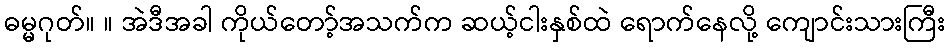
ဓမ္မဂုတ်။ ။ အဲဒီအခါ ကိုယ်တော့်အသက်က ဆယ့်ငါးနှစ်ထဲ ရောက်နေလို့ ကျောင်းသားကြီး